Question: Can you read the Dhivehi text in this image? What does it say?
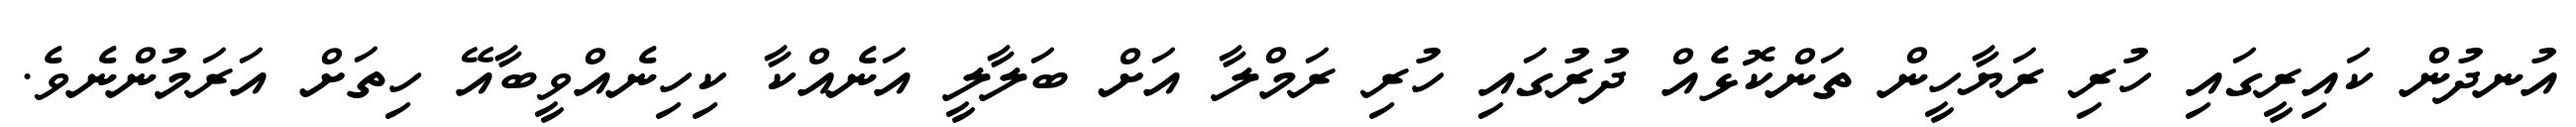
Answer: އުނދުން ކައިރީގައި ހުރި ރަޔާހީން ތަންކޮޅެއް ދުރުގައި ހުރި ރަމްލާ އަށް ބަލާލީ އަނެއްކާ ކިހިނެއްވީބާއޭ ހިތަށް އަރަމުންނެވެ.